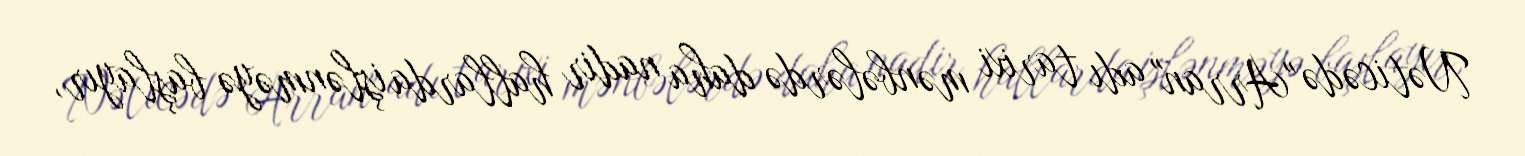
Nəticədə "Arran" adı tarixi mənbələrdə daha nadir hallarda işlənməyə başlayır,